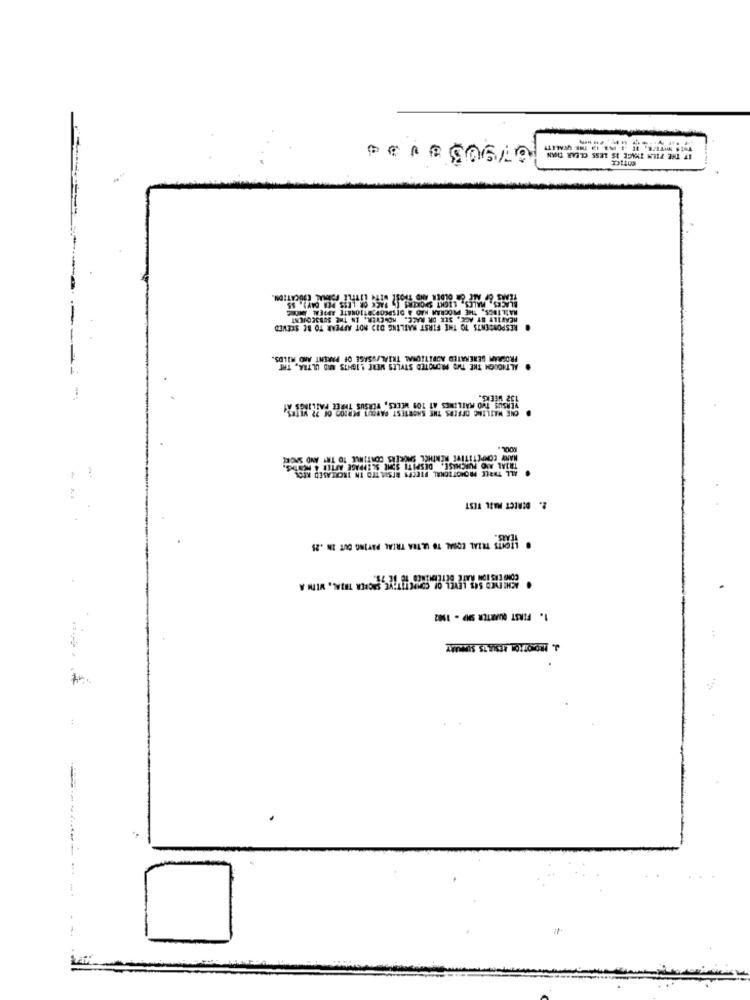
731109
BLACES, MALES, LIGHT SMOKERS [ PACK OR LESS PER DAY), SS
MAIL INGS, THE PROGRAM HAD A DISPCOPORTIONATE APPEN DERE
HEAVILY BY AGE, SEK OR RACE. HOWEVER, IN THE SUBSEQUENT
# RESPONDENTS TO THE FIRST WATLING DID NOT APPEAR TO BE STEVED
PROGRAM GENERATED ADDITIONAL TRIAL/USAGE OF PARENT AND MILDS.
ALTHOUGH THE THE PROMOTED STYLES MERE 1.1GH75 MRD ULTRA, TAT
YEASUS THO MAILINGS AT 109 WEEKS, VERSUS THREE FAILINGS &1
CHE WATLING OFFERS THE SHORTEST PARCUT PERDOO OF ?
MANY COMPETITIVE MERİHİL SMOKERS COMTİNLE ID TRY AND SMOKE
TRIAL AND PURCHASE, DESPITE SOME SLIPPAGE AFTER & HEN
ALL THREE PRONOTICKAL FTECES BISIA TED TH INCREASED KIC
2. DIRECT MAIL TEST
1. FIRST QUARTER SMP - 1902